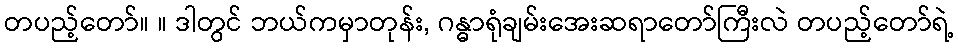
တပည့်တော်။ ။ ဒါတွင် ဘယ်ကမှာတုန်း, ဂန္ဓာရုံချမ်းအေးဆရာတော်ကြီးလဲ တပည့်တော်ရဲ့